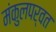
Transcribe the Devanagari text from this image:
मंकुलपर्वत